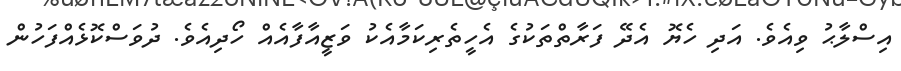
އިސްލާޙު ވިއެވެ. އަދި ހެޔޮ އެދޭ ފަރާތްތަކުގެ އެހީތެރިކަމާއެކު ވަޒީއާފާއެއް ހޯދިއެވެ. ދުވަސްކޮޅެއްފަހުން